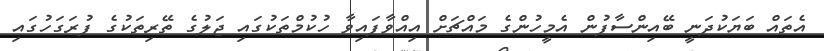
އެތައް ބަޔަކުދަނީ ބޭއިންސާފުން އެމީހުންގެ މައްޗަށް އިއްވާފައިވާ ހުކުމްތަކުގައި ޖަލުގެ ތޭރިތަކުގެ ފުރަގަހުގައި